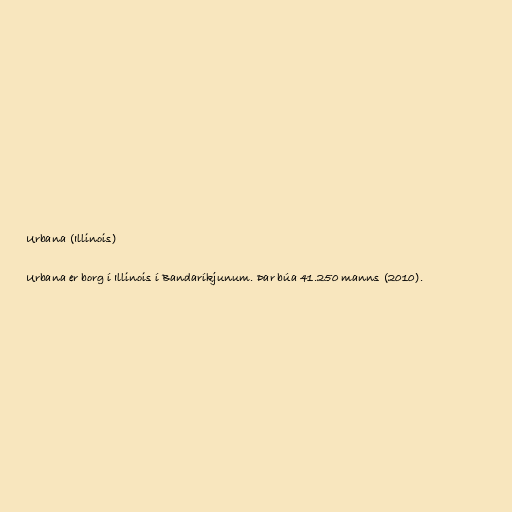
Urbana (Illinois)

Urbana er borg í Illinois í Bandaríkjunum. Þar búa 41.250 manns (2010).